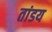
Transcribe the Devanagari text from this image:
तांडय